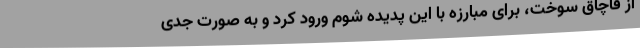
از قاچاق سوخت، برای مبارزه با این پدیده شوم ورود کرد و به صورت جدی